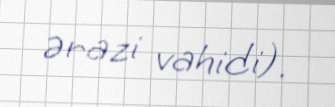
ərazi vahidi).